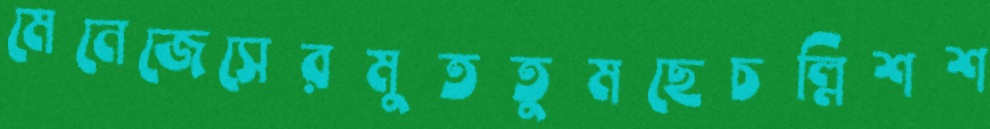
মেনেজেসেরমুততুমছেচল্লিশশ